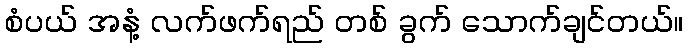
စံပယ် အနံ့ လက်ဖက်ရည် တစ် ခွက် သောက်ချင်တယ်။